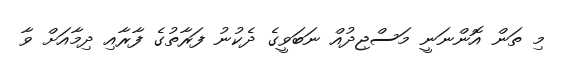
މި ތަން އޮންނަނީ މަސްޖިދުއް ނަބަވީގެ ދެކުނު ފަރާތުގެ ފާރާއި ދިމާއަށް ވާ